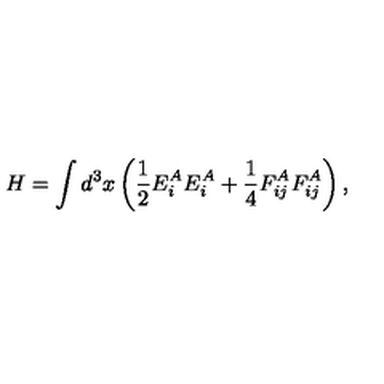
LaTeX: H = \int d ^ { 3 } x \left( \frac { 1 } { 2 } E _ { i } ^ { A } E _ { i } ^ { A } + \frac { 1 } { 4 } F _ { i j } ^ { A } F _ { i j } ^ { A } \right) ,